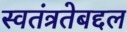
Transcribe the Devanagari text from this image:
स्वतंत्रतेबद्दल